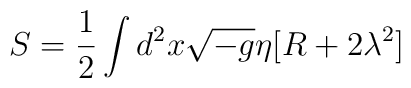
S=\frac12 \int d^{2}x \sqrt{-g}\eta[R+2\lambda^{2}]